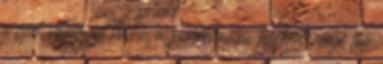
a fejet, valamint hátra, a tengerimalac hátulsó része felé